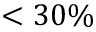
< 3 0 \%